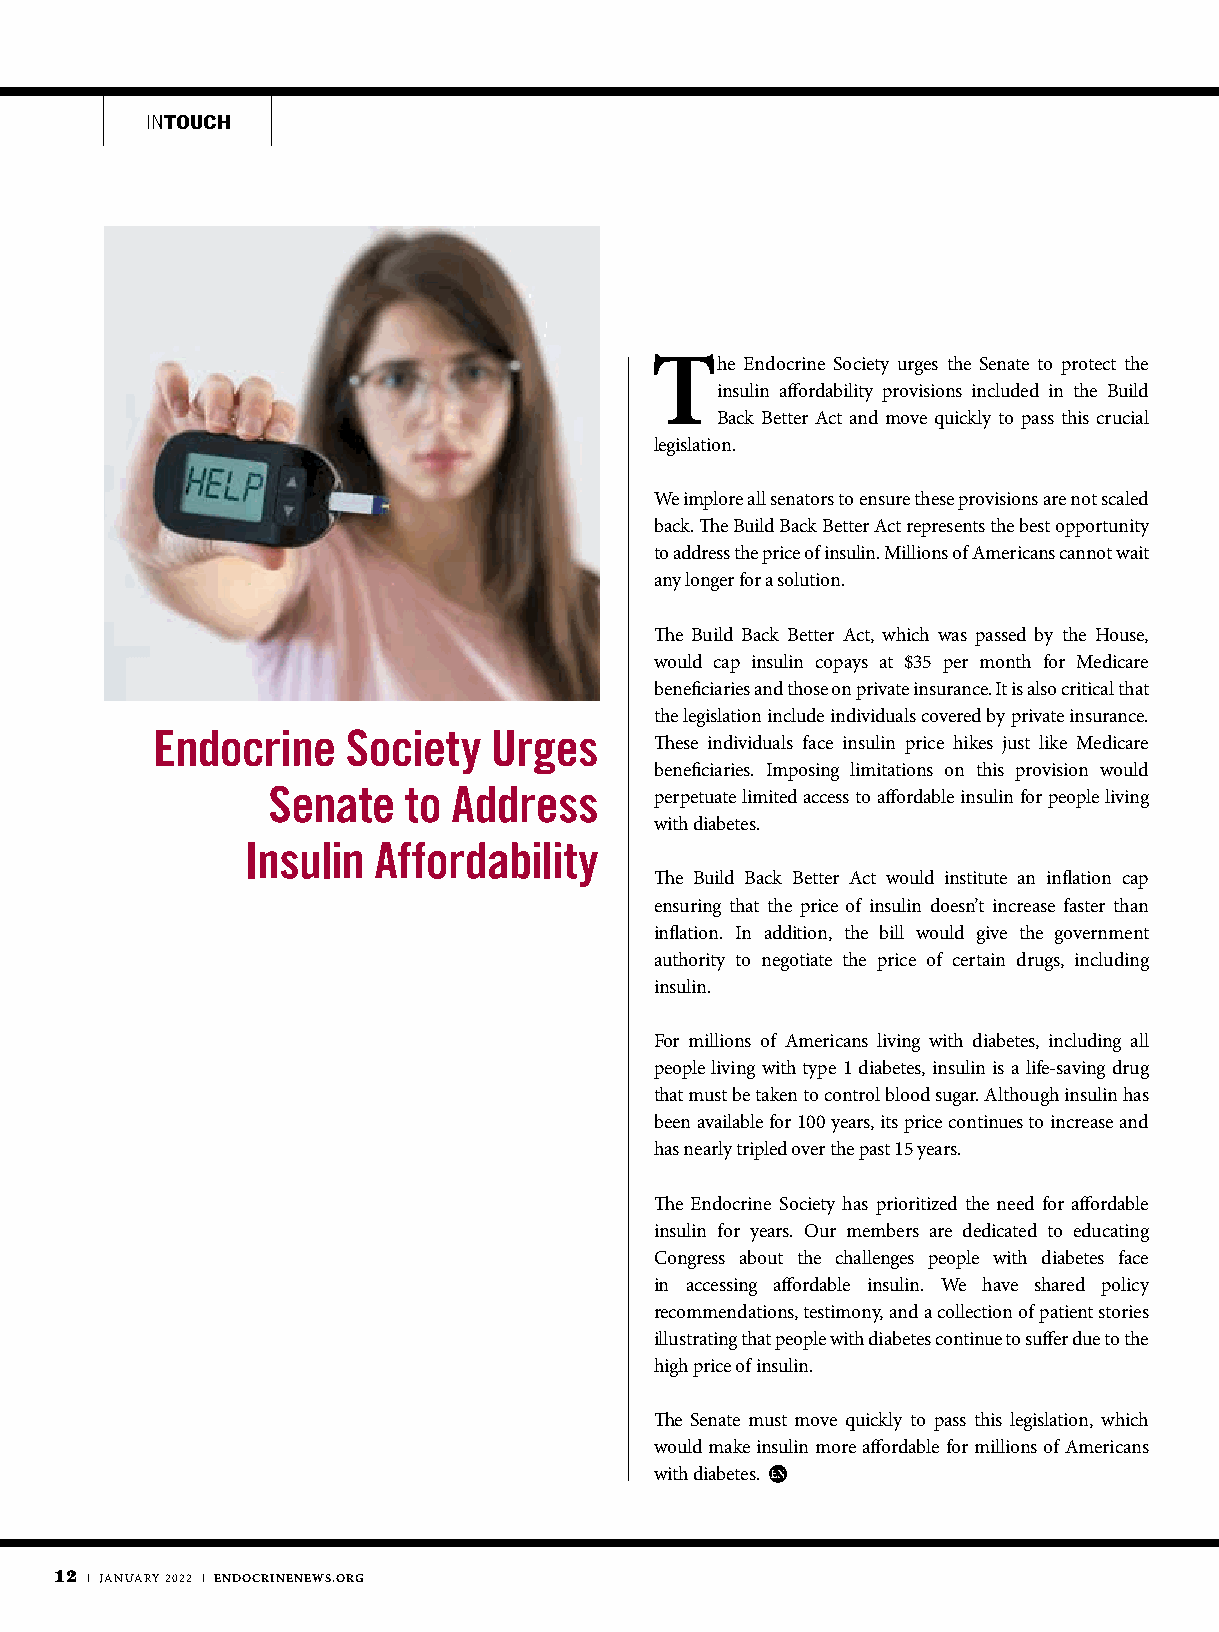
INTOUCH
 The   Endocrine Society urges the Senate to protect the
 insulin affordability provisions included in the Build
 Back Better Act and move quickly to pass this crucial
 legislation.
 We implore all senators to ensure these provisions are not scaled
 back. The Build Back Better Act represents the best opportunity
 to address the price of insulin. Millions of Americans cannot wait
 any longer for a solution.
 The Build Back Better Act, which was passed by the House,
 would cap insulin copays at $35 per month for Medicare
 beneficiaries and those on private insurance. It is also critical that
 the legislation include individuals covered by private insurance.
 Endocrine    Society  Urges
 These individuals face insulin price hikes just like Medicare
 beneficiaries. Imposing limitations on this provision would
 Senate   to Address
 perpetuate limited access to affordable insulin for people living
 with diabetes.
 Insulin  Affordability
 The Build Back Better Act would institute an inflation cap
 ensuring that the price of insulin doesn’t increase faster than
 inflation. In addition, the bill would give the government
 authority to negotiate the price of certain drugs, including
 insulin.
 For millions of Americans living with diabetes, including all
 people living with type 1 diabetes, insulin is a life-saving drug
 that must be taken to control blood sugar. Although insulin has
 been available for 100 years, its price continues to increase and
 has nearly tripled over the past 15 years.
 The Endocrine Society has prioritized the need for affordable
 insulin for years. Our members are dedicated to educating
 Congress about the challenges people with diabetes face
 in accessing affordable insulin. We have shared policy
 recommendations, testimony, and a collection of patient stories
 illustrating that people with diabetes continue to suffer due to the
 high price of insulin.
 The Senate must move quickly to pass this legislation, which
 would make insulin more affordable for millions of Americans
 with diabetes.
 12 | JANUARY 2022 | ENDOCRINENEWS.ORG